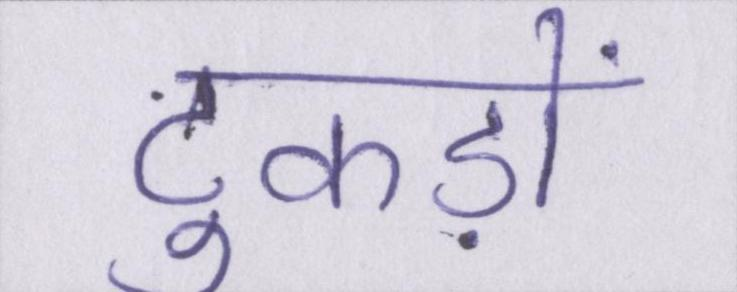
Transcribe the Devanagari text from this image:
टुकड़ों